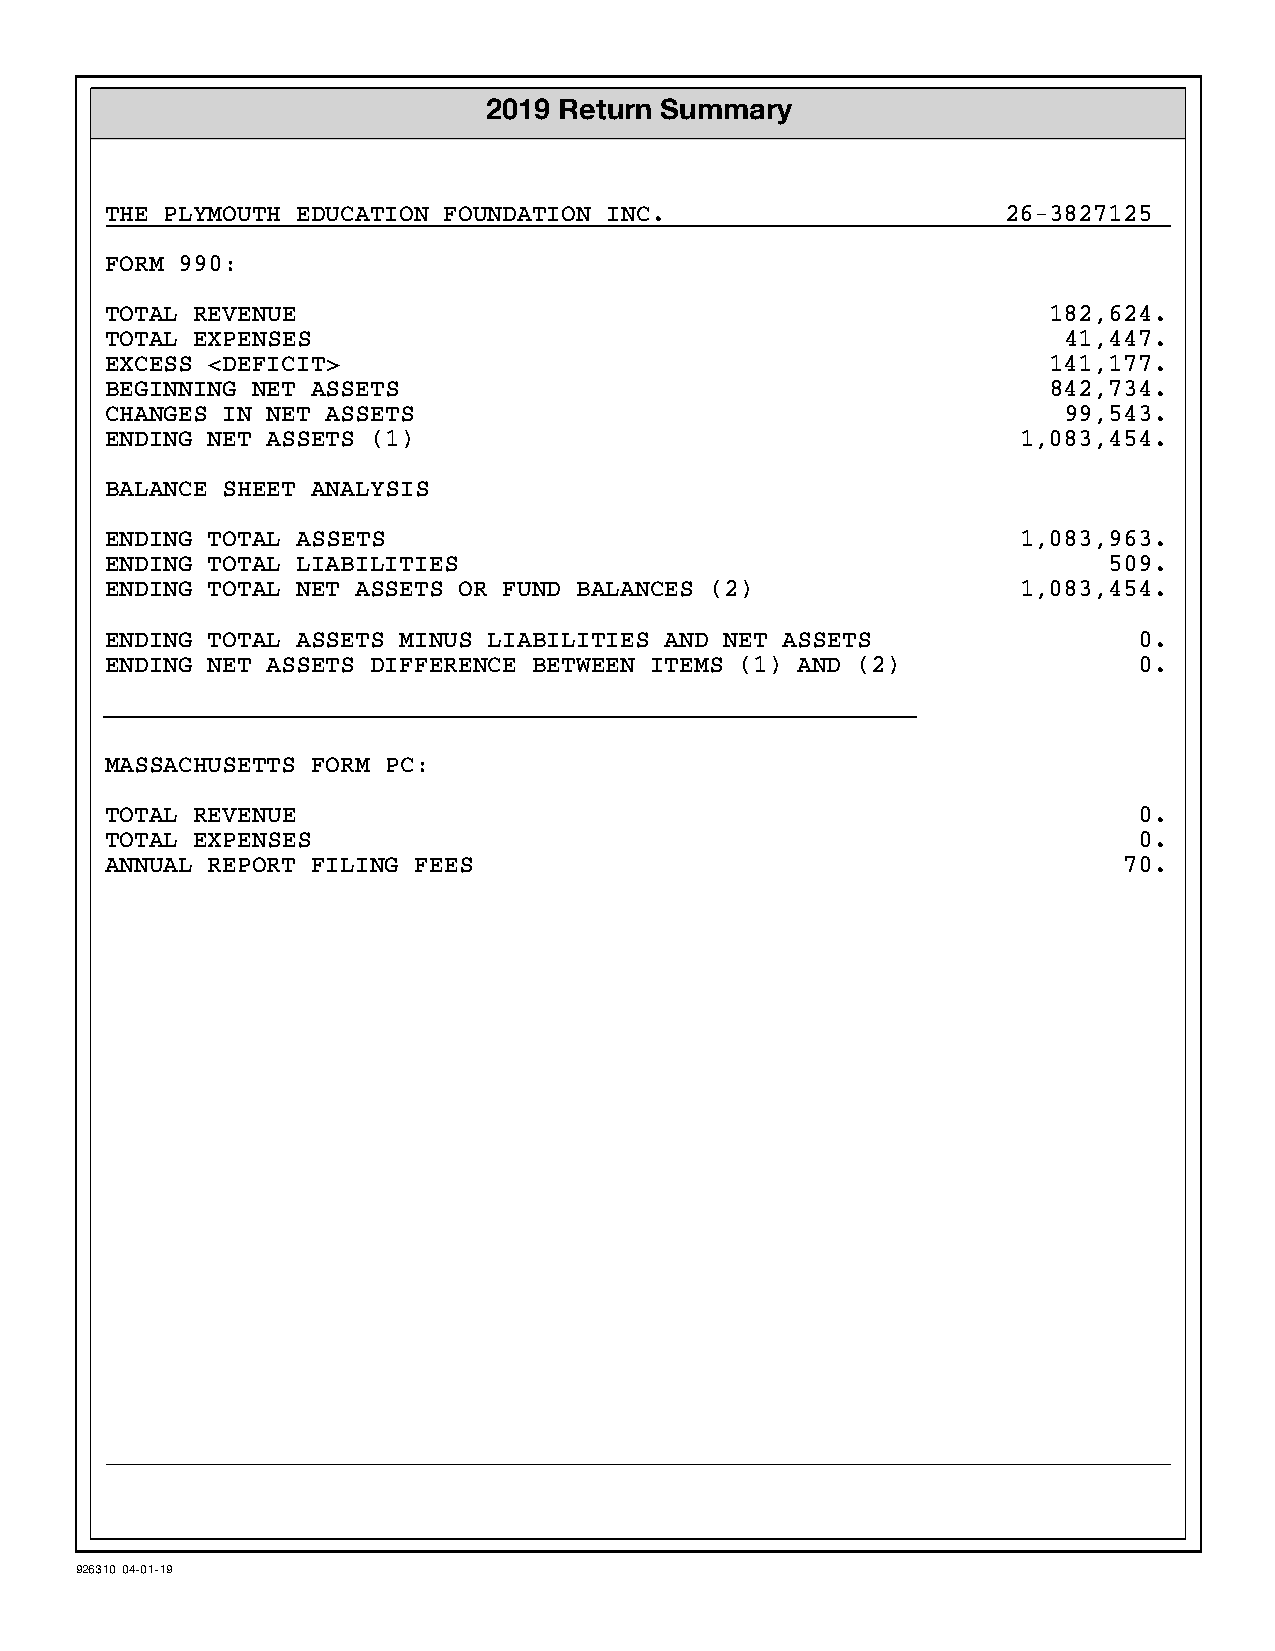
2019 Return Summary
 THE PLYMOUTH EDUCATION FOUNDATION INC.                      26-3827125
 FORM 990:
 TOTAL REVENUE                                                 182,624.
 TOTAL EXPENSES                                                 41,447.
 EXCESS <DEFICIT>                                              141,177.
 BEGINNING NET ASSETS                                          842,734.
 CHANGES IN NET ASSETS                                          99,543.
 ENDING NET ASSETS (1)                                        1,083,454.
 BALANCE SHEET ANALYSIS
 ENDING TOTAL ASSETS                                          1,083,963.
 ENDING TOTAL LIABILITIES                                          509.
 ENDING TOTAL NET ASSETS OR FUND BALANCES (2)                 1,083,454.
 ENDING TOTAL ASSETS MINUS LIABILITIES AND NET ASSETS                0.
 ENDING NET ASSETS DIFFERENCE BETWEEN ITEMS (1) AND (2)              0.
 }}}}}}}}}}}}}}}}}}}}}}}}}}}}}}}}}}}}}}}}}}}}}}}}}}}}}}}
 MASSACHUSETTS FORM PC:
 TOTAL REVENUE                                                       0.
 TOTAL EXPENSES                                                      0.
 ANNUAL REPORT FILING FEES                                          70.
 926310 04-01-19